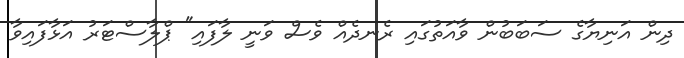
ދިން އަނިޔާގެ ސަބަބުން ވާއަތުގައި ރެނދެއް ވެސް ވަނީ ލާފައި" ޕްލާސްޓަރު އަޅާފައިވާ